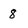
Character: 8